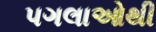
પગલાઓથી